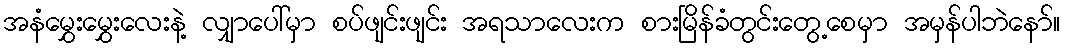
အနံမွှေးမွှေးလေးနဲ့ လျှာပေါ်မှာ စပ်ဖျင်းဖျင်း အရသာလေးက စားမြိန်ခံတွင်းတွေ့စေမှာ အမှန်ပါဘဲနော်။